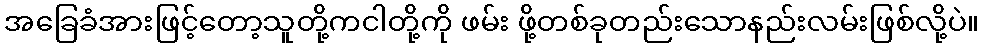
အခြေခံအားဖြင့်တော့သူတို့ကငါတို့ကို ဖမ်း ဖို့တစ်ခုတည်းသောနည်းလမ်းဖြစ်လို့ပဲ။